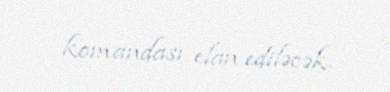
komandası elan ediləcək.